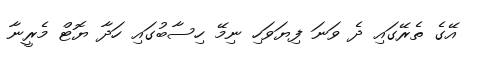
އޭގެ ތެރޭގައި ދެ ވަނަ ފިޔަވަހި ނިމޭ ހިސާބުގައި ހަދާ ޔޮޓް މެރީނާ